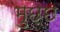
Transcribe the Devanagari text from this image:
मुछ्छ